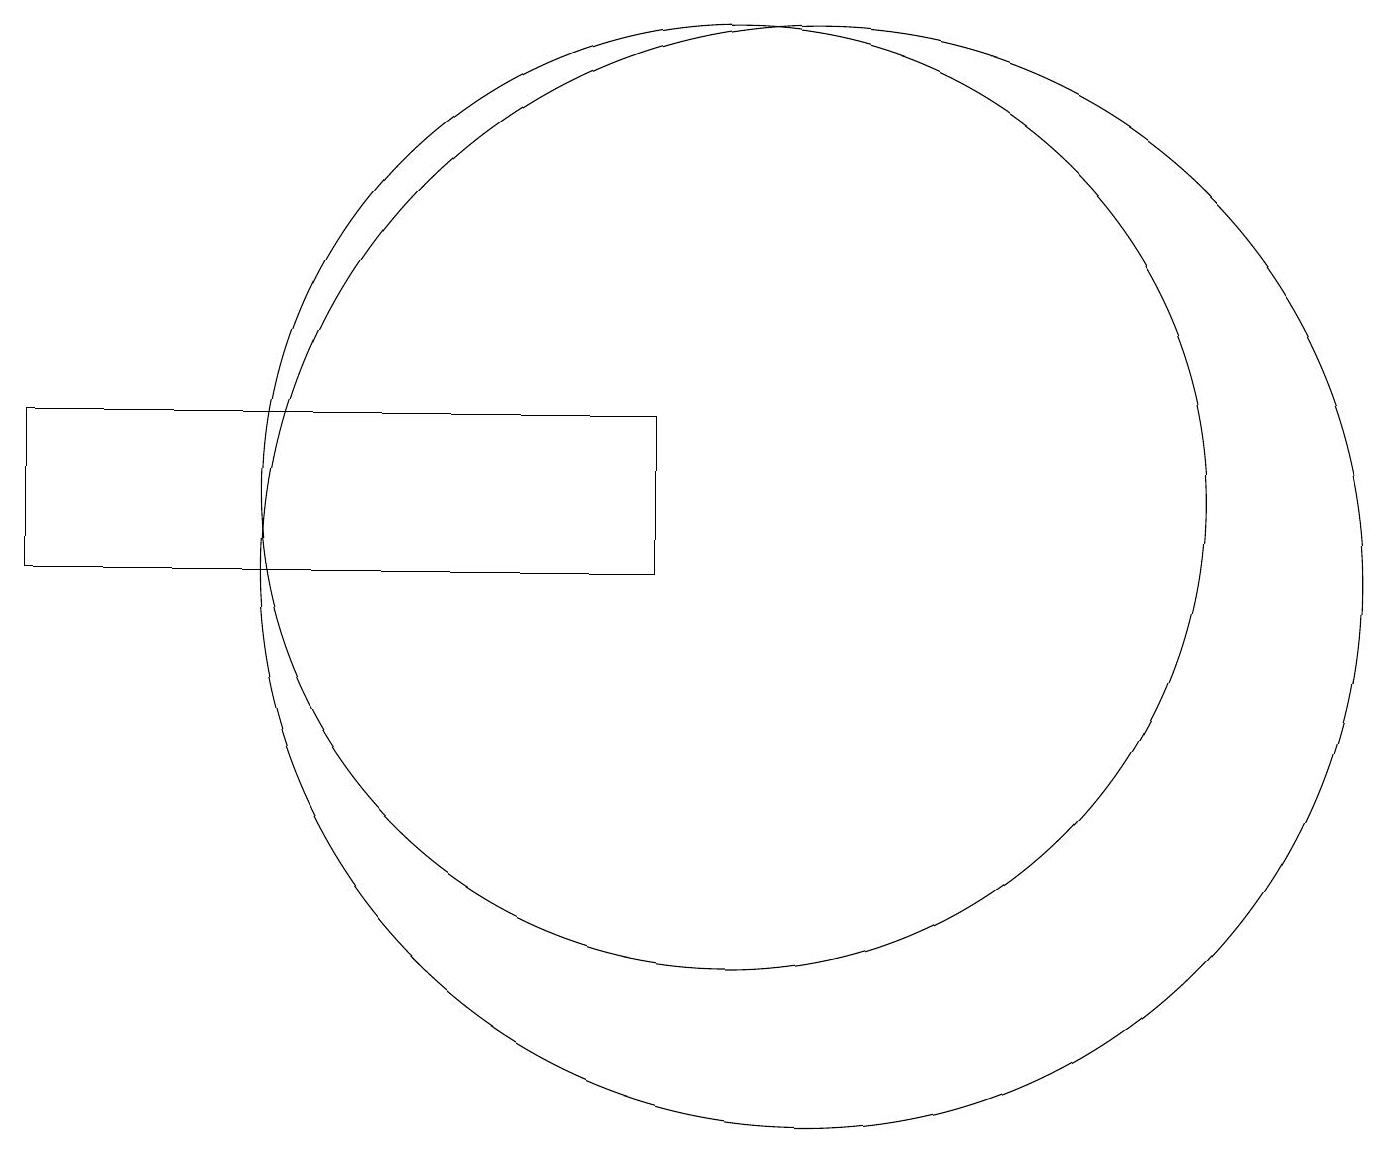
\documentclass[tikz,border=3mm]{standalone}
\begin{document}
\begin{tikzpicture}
\draw (11,10) circle (7);
\draw (10,11) circle (6);
\draw (1,10) rectangle (9,12);
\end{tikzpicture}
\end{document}